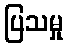
ပြသမှု